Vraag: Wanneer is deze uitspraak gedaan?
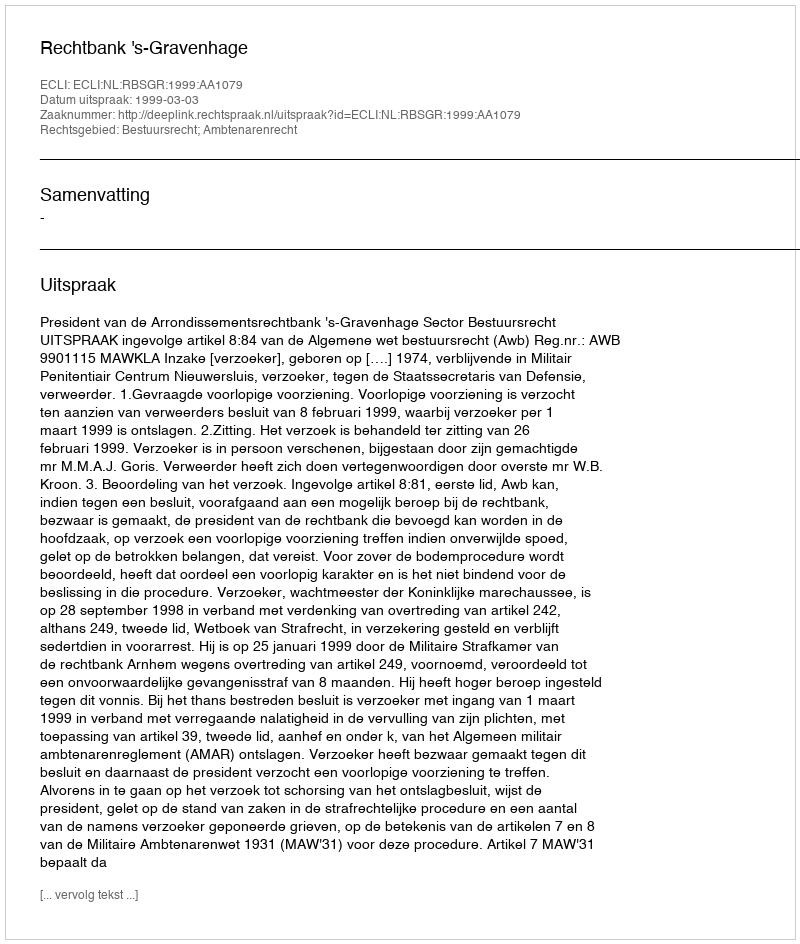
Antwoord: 1999-03-03